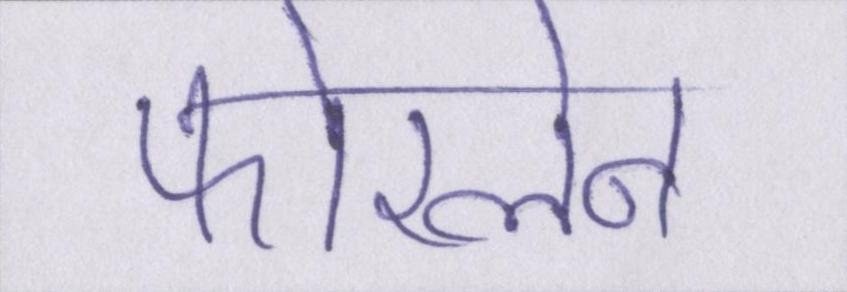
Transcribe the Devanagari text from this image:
फोरलेन